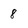
Character: 8